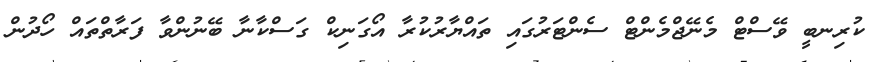
ކުރިނބީ ވޭސްޓް މެނޭޖްމެންޓް ސެންޓަރުގައި ތައްޔާރުކުރާ އޯގަނިކް ގަސްކާނާ ބޭނުންވާ ފަރާތްތައް ހޯދުން